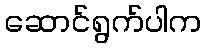
ဆောင်ရွက်ပါက